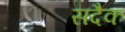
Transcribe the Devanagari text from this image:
सदैक